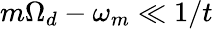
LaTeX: m\Omega_{d}-\omega_{m}\ll 1/t